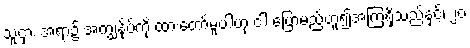
သူငှား အရာ၌ အကျွန်ုပ်ကို ထားတော်မူပါဟု ငါ ပြောမည်ဟူ၍အကြံရှိသည်နှင့်၊ ၂၀